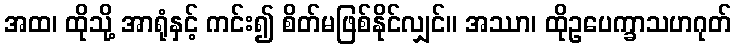
အထ၊ ထိုသို့ အာရုံနှင့် ကင်း၍ စိတ်မဖြစ်နိုင်လျှင်။ အဿာ၊ ထိုဥပေက္ခာသဟဂုတ်